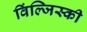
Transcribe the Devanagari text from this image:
विंल्जिस्की